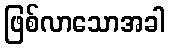
ဖြစ်လာသောအခါ